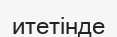
итетінде